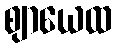
ဈာယေထ